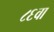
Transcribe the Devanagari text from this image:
८६वा